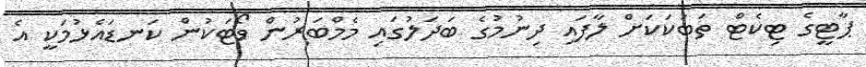
ޕާޓީގެ ޓިކެޓް ތަބަކަކަށް ލާފައި ދިނުމުގެ ބަދަލުގައި މެމްބަރުން ވޯޓަކުން ކަނޑައެޅުމަކީ އެ